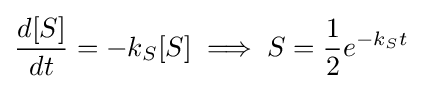
{\frac {d[S]}{dt}}=-k_{S}[S]\implies S={\frac {1}{2}}e^{-k_{S}t}